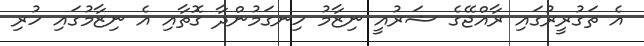
އެ ތަގުރީރުގައި ރާއްޖޭގެ ޝަރުއީ ނިޒާމު ހިނގަމުންދާ ގޮތާއި އެ ނިޒާމުގައި ހުރި